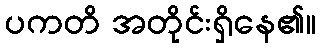
ပကတိ အတိုင်းရှိနေ၏။